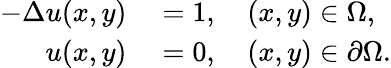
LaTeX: \begin{array}{rl}{-\Delta u(x,y)}&{{}=1,\quad(x,y)\in\Omega,}\\ {u(x,y)}&{{}=0,\quad(x,y)\in\partial\Omega.}\end{array}